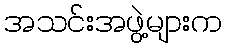
အသင်းအဖွဲ့များက